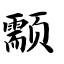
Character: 颥